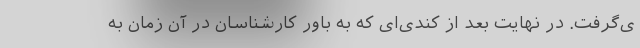
ی‌گرفت. در نهایت بعد از کندی‌ای که به باور کارشناسان در آن زمان به